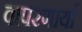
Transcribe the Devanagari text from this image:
वापरणार्या